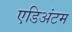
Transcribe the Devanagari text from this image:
एडिअंटम